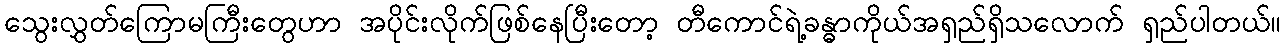
သွေးလွှတ်ကြောမကြီးတွေဟာ အပိုင်းလိုက်ဖြစ်နေပြီးတော့ တီကောင်ရဲ့ခန္ဓာကိုယ်အရှည်ရှိသလောက် ရှည်ပါတယ်။